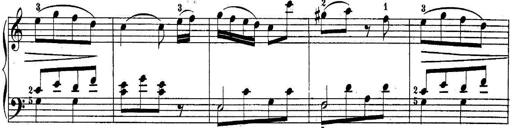
Title: 10 Sonatines progressives
Composer: Anton Schmoll